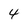
Character: 4